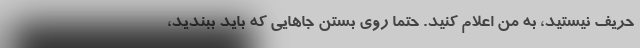
حریف نیستید، به من اعلام کنید. حتماً روی بستن جاهایی که باید ببندید،